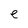
Character: e